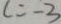
l = - 3